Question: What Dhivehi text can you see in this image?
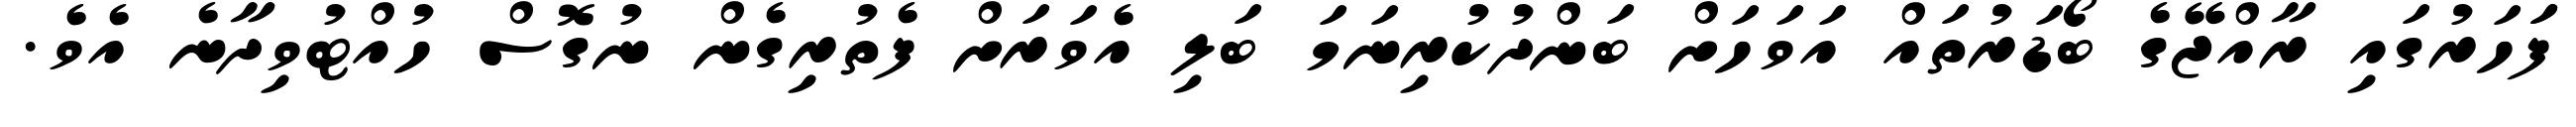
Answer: ފަަހަރުގައި ރާއްޖޭގެ ބޯޑަރުތައް އަވަހަށް ބަންދުކުރިނަމަ ބަލި އެވަރަށް ފެތުރިގެން ނުގޮސް ހުއްޓުވިދާނެ އެވެ.